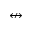
\nleftrightarrow